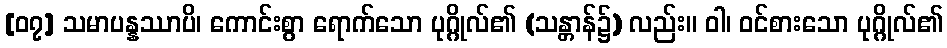
[၀၇] သမာပန္နဿာပိ၊ ကောင်းစွာ ရောက်သော ပုဂ္ဂိုလ်၏ (သန္တာန်၌) လည်း။ ဝါ၊ ဝင်စားသော ပုဂ္ဂိုလ်၏